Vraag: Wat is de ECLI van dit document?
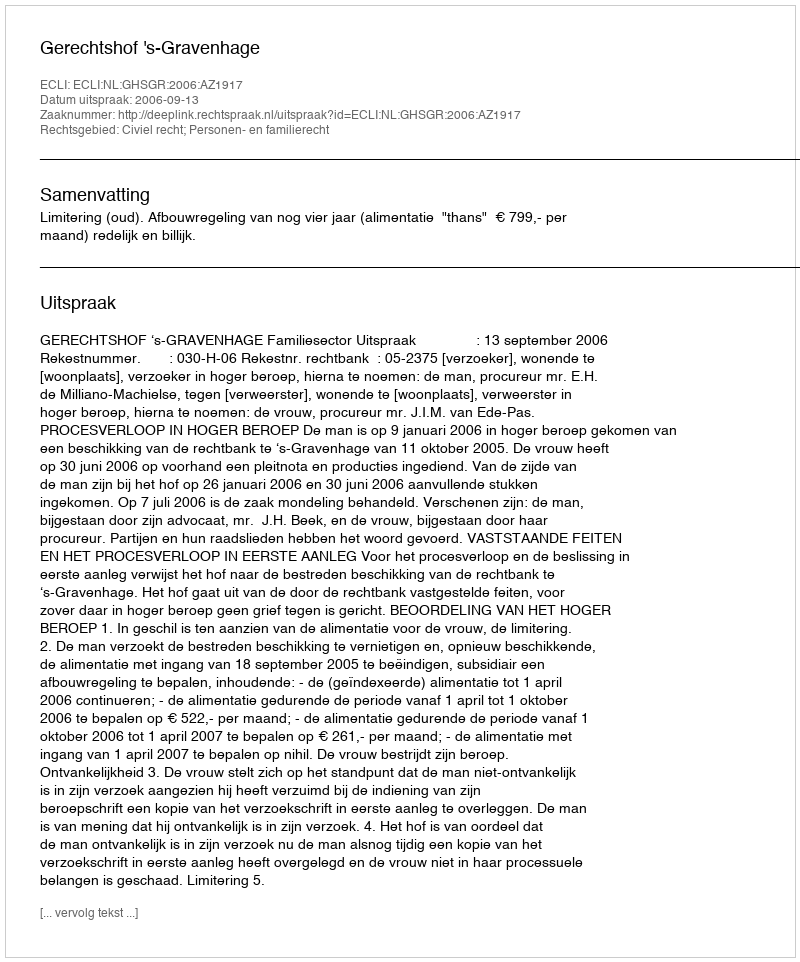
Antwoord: ECLI:NL:GHSGR:2006:AZ1917